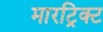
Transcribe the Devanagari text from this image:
मारट्रिक्ट